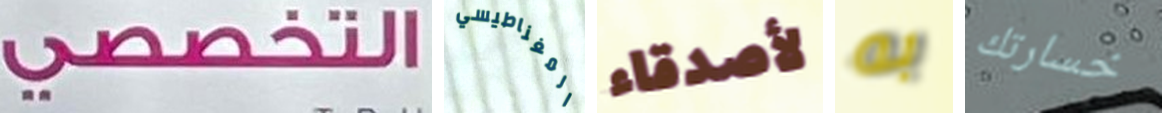
التخصصي المغناطيسي لأصدقاء به خسارتك